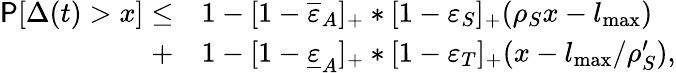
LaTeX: \begin{array}{rl}{\mathsf{P}[\Delta(t)>x]\le}&{1-[1-\overline{{\varepsilon}}_{A}]_{+}\ast[1-\varepsilon_{S}]_{+}(\rho_{S}x-l_{\operatorname*{max}})}\\ {+}&{1-[1-\underline{{\varepsilon}}_{A}]_{+}\ast[1-\varepsilon_{T}]_{+}(x-l_{\operatorname*{max}}/\rho_{S}^{\prime}),}\end{array}